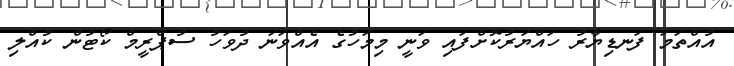
އުއްތަމަ ފަނޑިޔާރު ހައްޔަރުކޮށްފައި ވަނީ މިމަހުގެ އެއްވަނަ ދުވަހު ސުޕްރީމް ކޯޓުން ކުއްލި